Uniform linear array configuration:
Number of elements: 16
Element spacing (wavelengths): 1
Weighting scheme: exponential
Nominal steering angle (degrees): -30
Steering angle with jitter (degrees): -29.625
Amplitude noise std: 0.05
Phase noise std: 0.05

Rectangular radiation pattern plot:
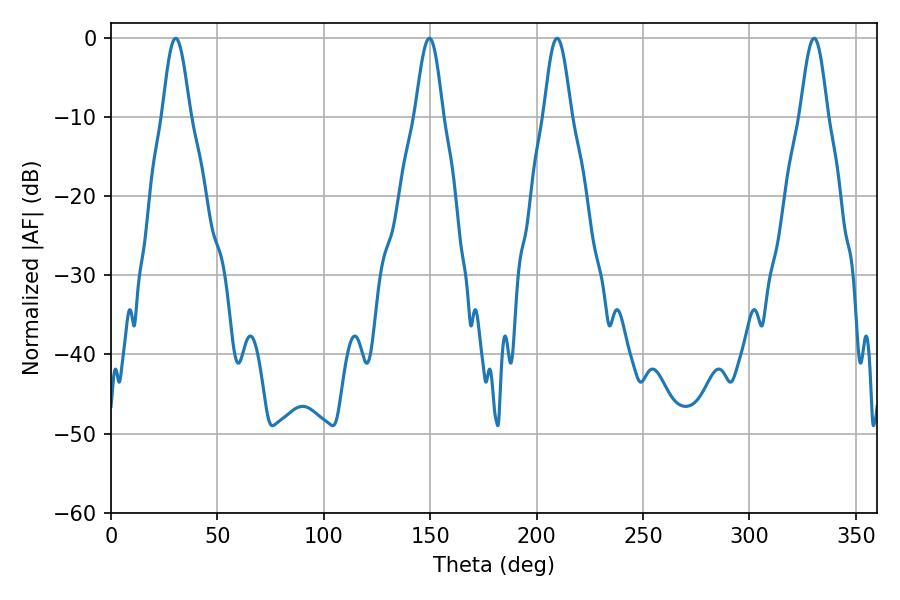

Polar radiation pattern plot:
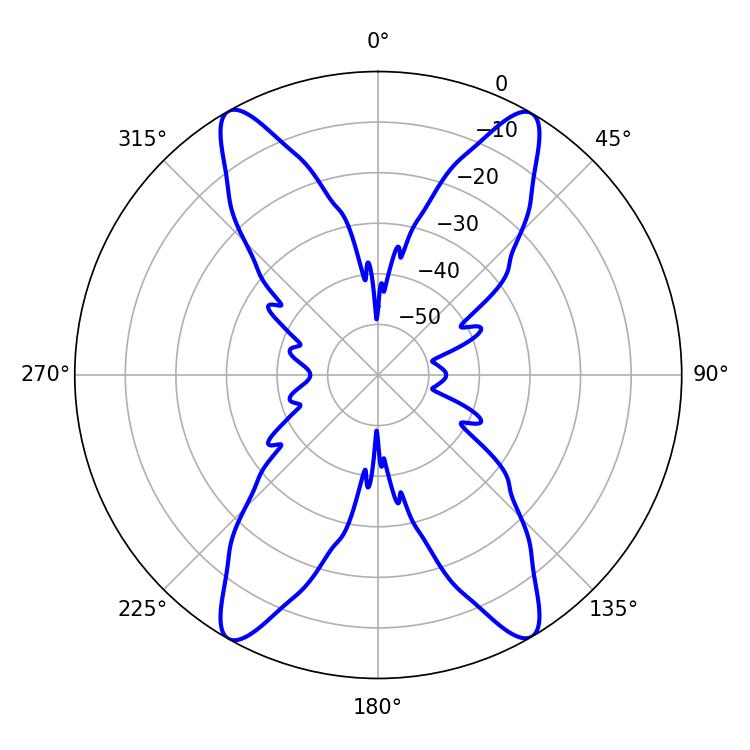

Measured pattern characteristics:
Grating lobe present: TRUE
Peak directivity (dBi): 25.977
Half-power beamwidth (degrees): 6.84
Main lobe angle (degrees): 30.42